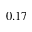
0 . 1 7